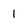
Character: l